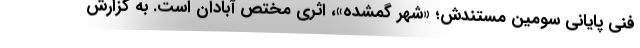
فنی پایانی سومین مستندش؛ «شهر گمشده»، اثری مختص آبادان است. به گزارش